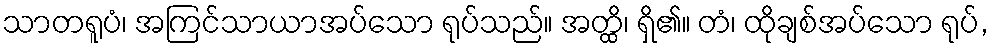
သာတရူပံ၊ အကြင်သာယာအပ်သော ရုပ်သည်။ အတ္ထိ၊ ရှိ၏။ တံ၊ ထိုချစ်အပ်သော ရုပ်,